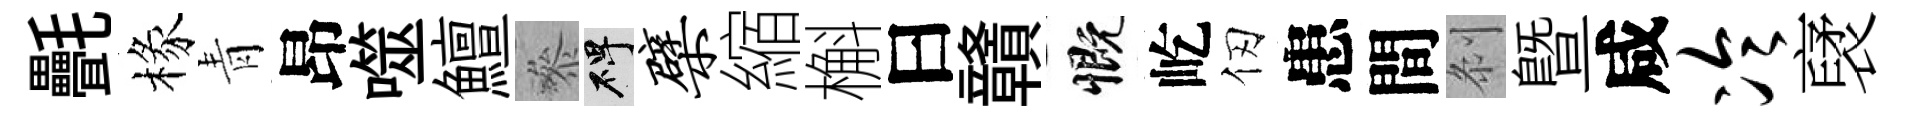
㲲椽青昂噬鱣叅碑檗縮槲曰贛慨屹仞患間𠛴暨咸冷裦